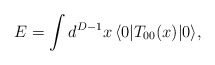
\begin{align*}E=\int d^{D-1}x\,\langle 0|T_{00}(x)|0\rangle,\end{align*}